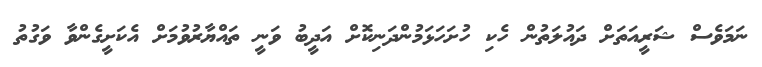
ނަމަވެސް ޝަރީއަތަށް ދައުލަތުން ހެކި ހުށަހަޅަމުންދަނިކޮށް އަދީބު ވަނީ ތައްޔާރުވުމަށް އެކަށީގެންވާ ވަގުތު